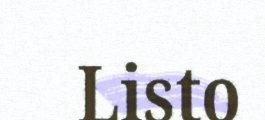
Listo